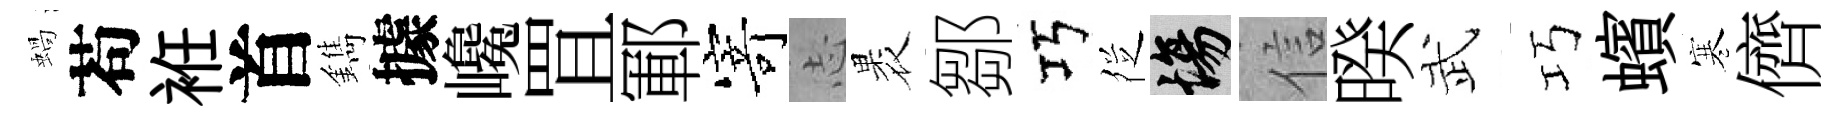
蝸苟袵首鐫據巉罝鄆𭔃𢖽褁鄒巧徔場信暌武巧蠙寒儕